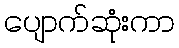
ပျောက်ဆုံးကာ